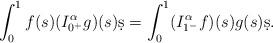
LaTeX: \begin{align*} \int_0^1 f(s)(I_{0^+}^\alpha g)(s)\d s = \int_0^1 (I_{1^-}^\alpha f)(s)g(s)\d s.\end{align*}